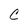
Character: C